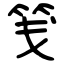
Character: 笺